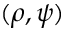
( \rho , \psi )